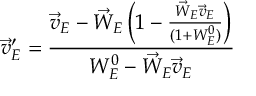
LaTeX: \vec { v } _ { E } ^ { \prime } = \frac { \vec { v } _ { E } - \vec { W } _ { E } \left( 1 - \frac { \vec { W } _ { E } \vec { v } _ { E } } { ( 1 + W _ { E } ^ { 0 } ) } \right) } { W _ { E } ^ { 0 } - \vec { W } _ { E } \vec { v } _ { E } }